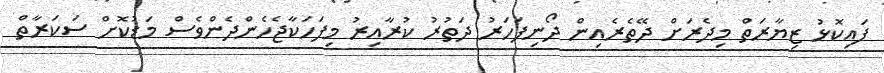
ފައިކޮޅު ޒިޔާރަތް މިދެރަށް ދޭތެރެއިން ދޯނިފަހަރު ދަތުރު ކުރާއިރު މިފަހަކާޖެހެންދެންވެސް މަޑުކޮށް ސަކަރާތް